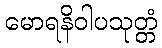
မောရနိဝါပသုတ္တံ